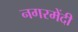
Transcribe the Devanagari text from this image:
नगरमेंदी